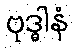
ဗုဒ္ဓါနံ